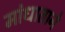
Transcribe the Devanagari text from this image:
मांधाताने